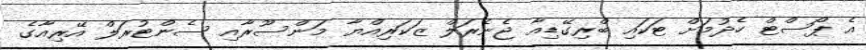
އެ ޕޯސްޓް ހެދުމަށް ޓަކައި ބްރިގޭޑިއާ ޖެނެރަލް ޒަކަރިއްޔާ މަންސޫރާއި ސެންޓުރަލް އޭރިއާގެ